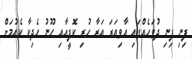
ފިނި ފިނި ދުވަހެއްގައި އާވިއަރަ އަރާ ހުރި ކޮފީއާއި ހޫނު ހެދިކާ ކެއުމަށް